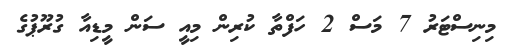
މިނިސްޓަރު 7 މަސް 2 ހަފްތާ ކުރިން މިއީ ސަން މީޑިއާ ގުރޫޕުގެ